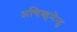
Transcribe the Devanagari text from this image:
अचिव्हमेन्ट्स